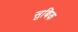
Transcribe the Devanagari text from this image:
सुबिक